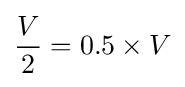
{\frac {V}{2}}=0.5\times V